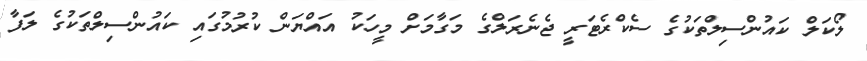
ލޯކަލް ކައުންސިލްތަކުގެ ސެކްރެޓަރީ ޖެނެރަލްގެ މަގާމަށް މީހަކު އައްޔަން ކުރުމުގައި ކައުންސިލްތަކުގެ ލަފާ